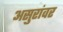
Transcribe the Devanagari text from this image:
असुरांवर